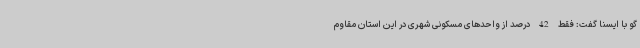
گو با ایسنا گفت: فقط 42 درصد از واحدهای مسکونی شهری در این استان مقاوم